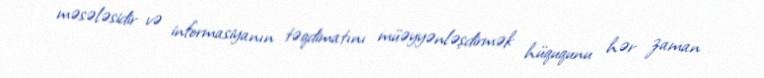
məsələsidir və informasiyanın təqdimatını müəyyənləşdirmək hüququnu hər zaman